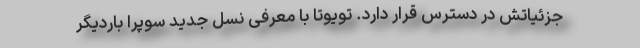
جزئیاتش در دسترس قرار دارد. تویوتا با معرفی نسل جدید سوپرا باردیگر